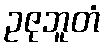
ဥဇုဘူတံ